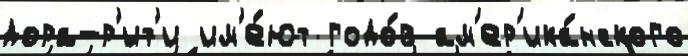
дора-р'ит'и им'е́ют годо́в ам'ер'ика́нского